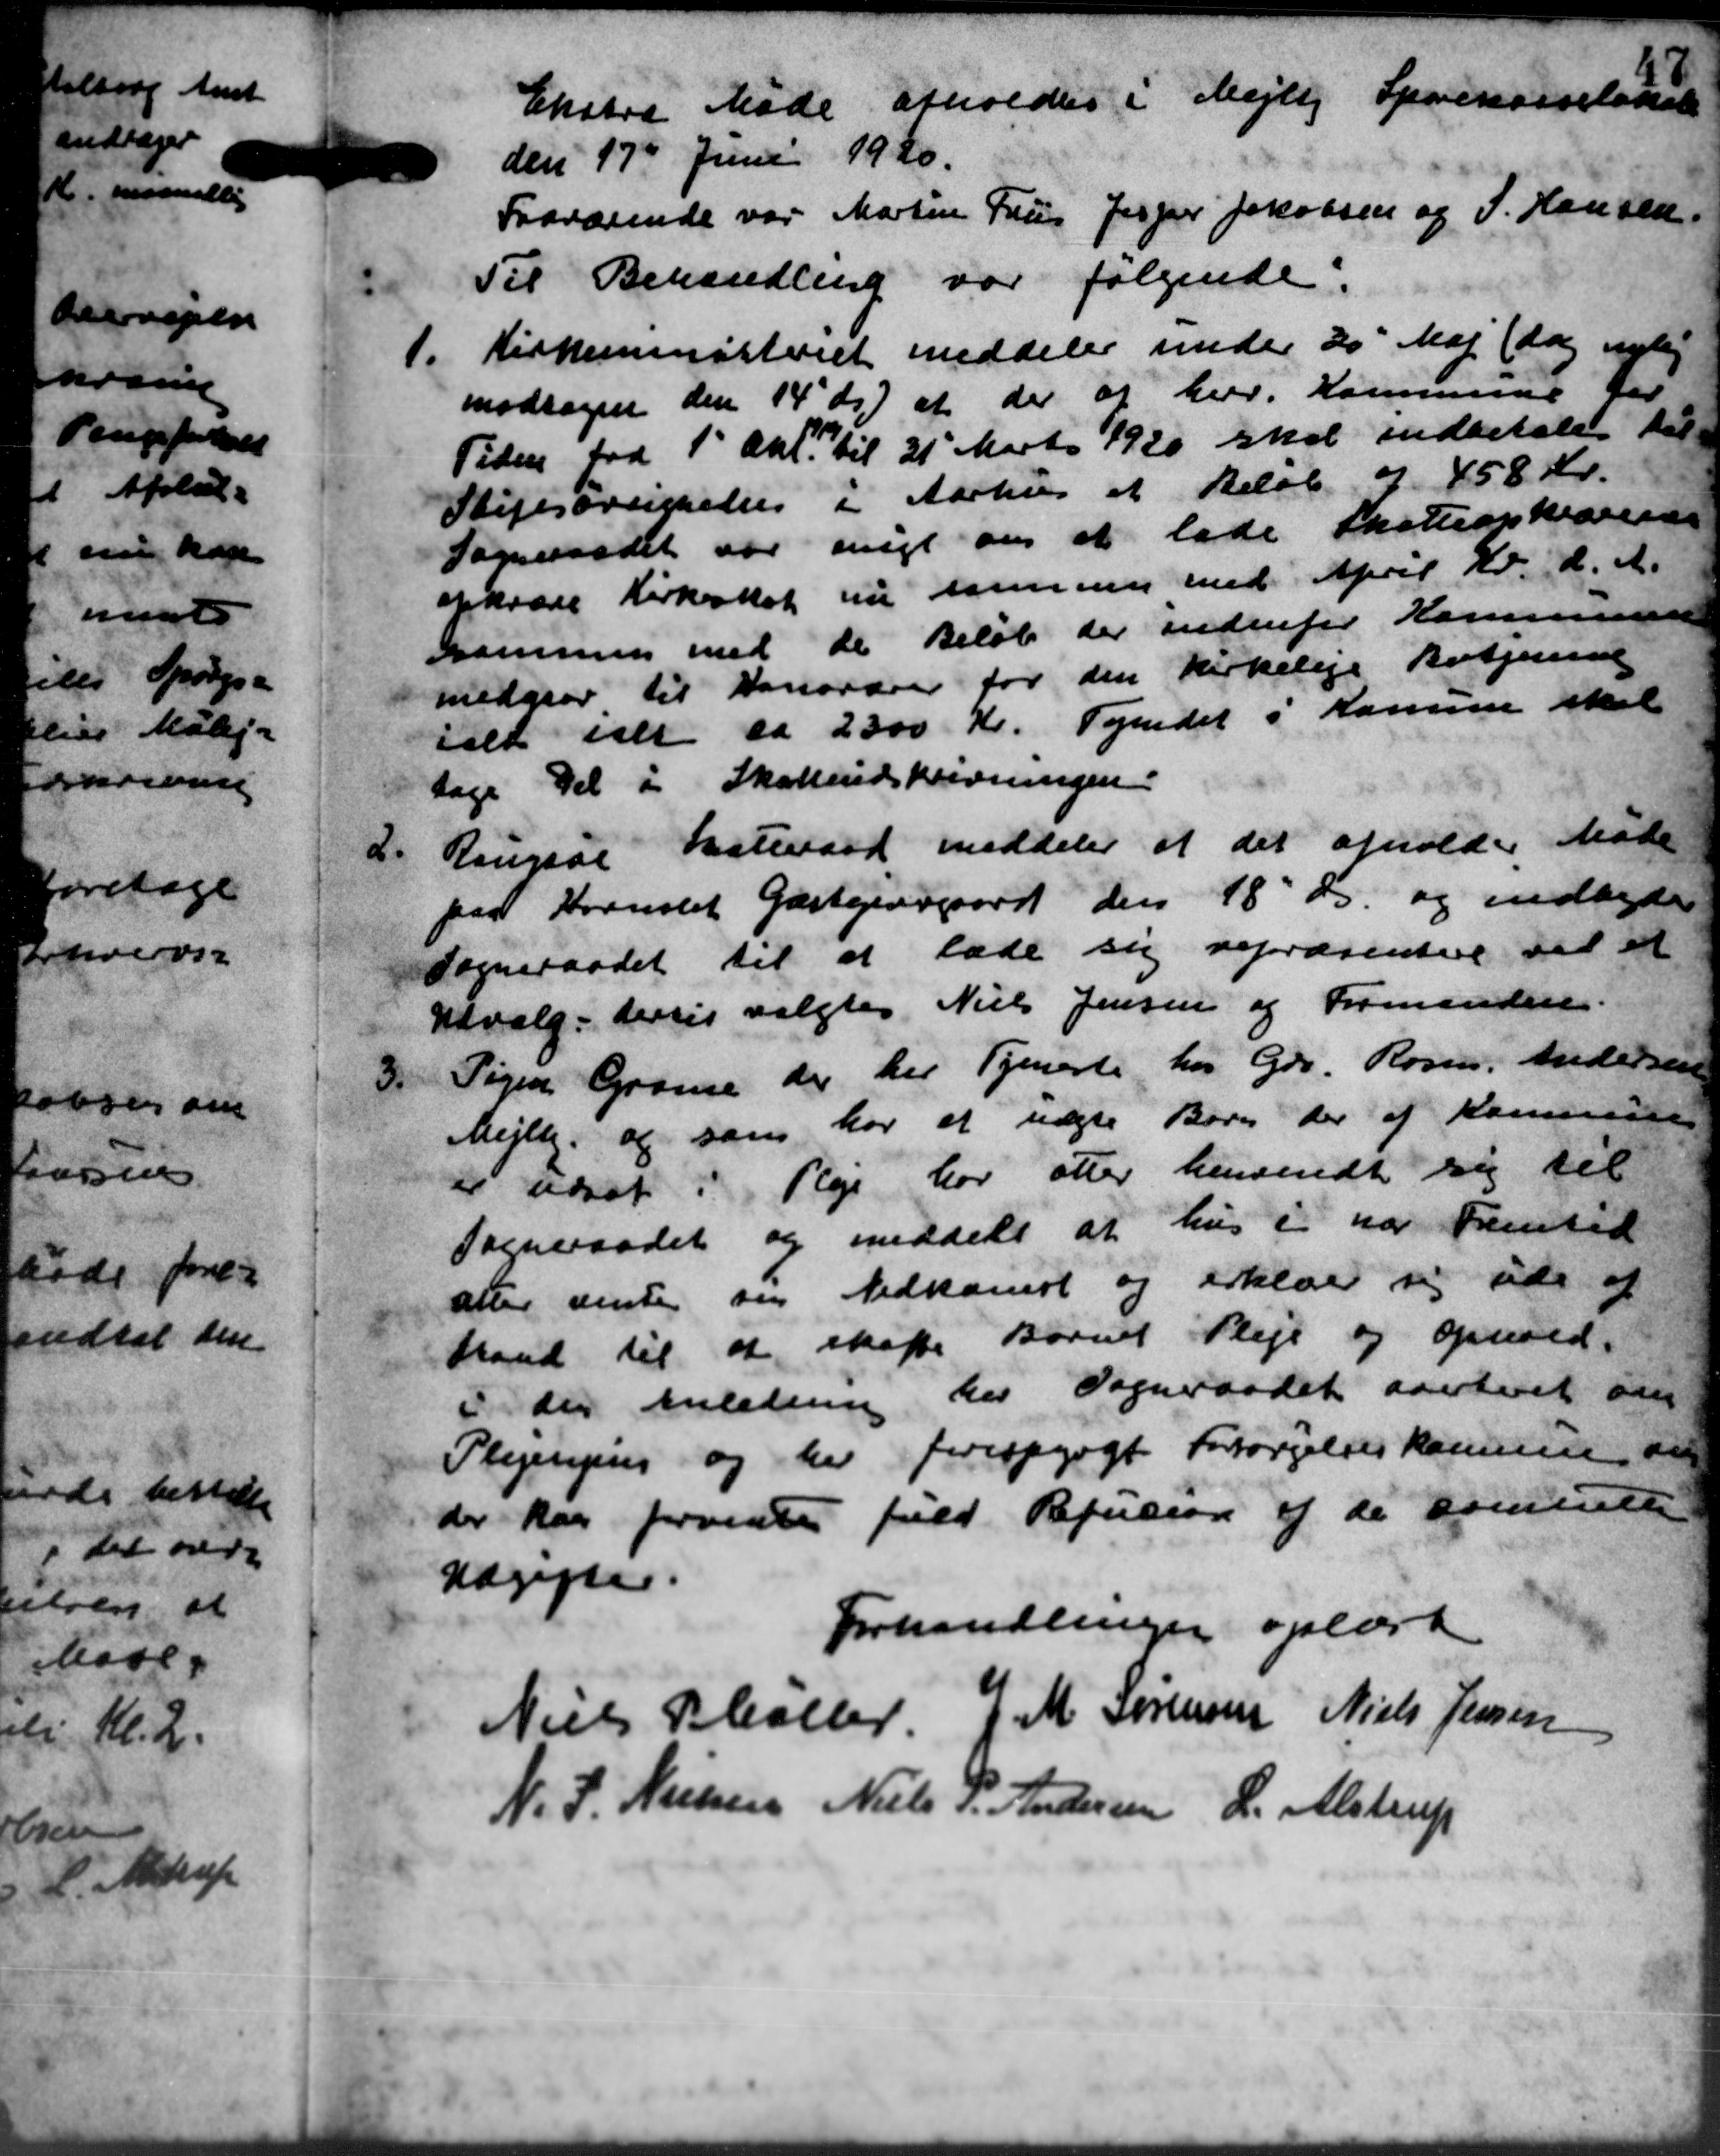
Transskription:
Ekstra Møde afholdtes i Mejlby Sparekasselokale
den 17de Juni 1920.
Fraværende var Martin Friis Jesper Jakobsen og S. Hansen
Til Behandling var følgende:
1.
Kirkeministeriet meddeler under 20 Maj (dog nylig
modtagen den 14 ds) at der af her. Kommune for
Tiden fra 1' Okt. til 21 Marts 1920 skal indbetales til-
Stiftsøvrigelse i Aarhus et Beløb af 458 Kr.
Sogneraadet var migt om at lade Skatteopkrævere
opkræve Kirkeskat nu samme med April Kr. d. A.
sammen med de Beløb der indenfor Kommunen
medgaar til Danordrer for den kirkelige Betjerne
ialt inde ca 2300 Kr. Tyendet i Komme skal
tage Del i Skatteudskrivningen.
2.
Rougsøe Skatteraad meddeler at det afholder Møde
paa Hornslet Gæstgivergaard den 18' ds. og indbyde
Sogneraadet til at lade sig repræsentere til at
Udvalg, dervis valgtes Niels Jensen og Formanden.
3.
Pigen Grame der her Tjeneste hos Gdr. Rose. Andersen
Mejlby og som har et uægte Børn der af Kommune
er udsat i Pleje har atter henvendt sig til
Sogneraadet og meddelt at hus i har Fremtid
atter vente sin Nedkomst og erklære sig ude af
trand til at skaffe Barnet Pleje og Ophold.
i der Anledning her Sogneraadet averteret om
Plejening og her forespurgt Forsørgelseskommune den
der har forvidte fuld Refusion af de eventuelle
Udgifter.
Forhandlinger oplæst.
Niels Paller
M Sørensen
Niels Jensen
N. P. Nielsen
Niels P. Andersen
L. Alstrup